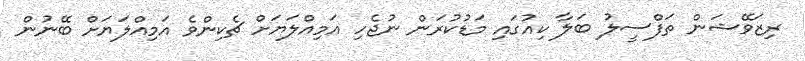
ރިޒަވޭޝަން ތަފްސީލު ބަލާ ކިއުގައި މަޑުކުރަން ނުޖެހި އަމިއްލަޔަށް ޗެކިންވެ އަމިއްލަޔަށް ބޭނުން